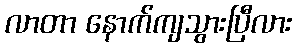
လာတာ နောက်ကျသွားပြီလား